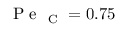
\mathrm { ~ P ~ e ~ } _ { \mathrm { ~ C ~ } } = 0 . 7 5